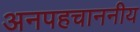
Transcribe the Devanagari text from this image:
अनपहचाननीय